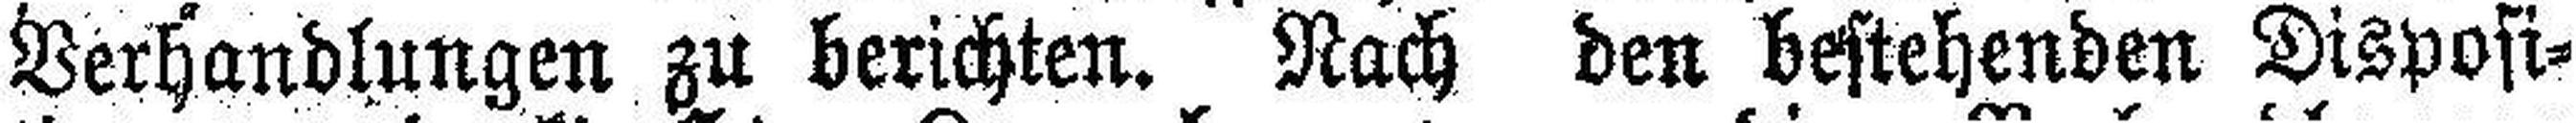
Verhandlungen zu berichten. Nach den bestehenden Disposi¬